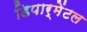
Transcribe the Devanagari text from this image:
डिपार्मेंटल